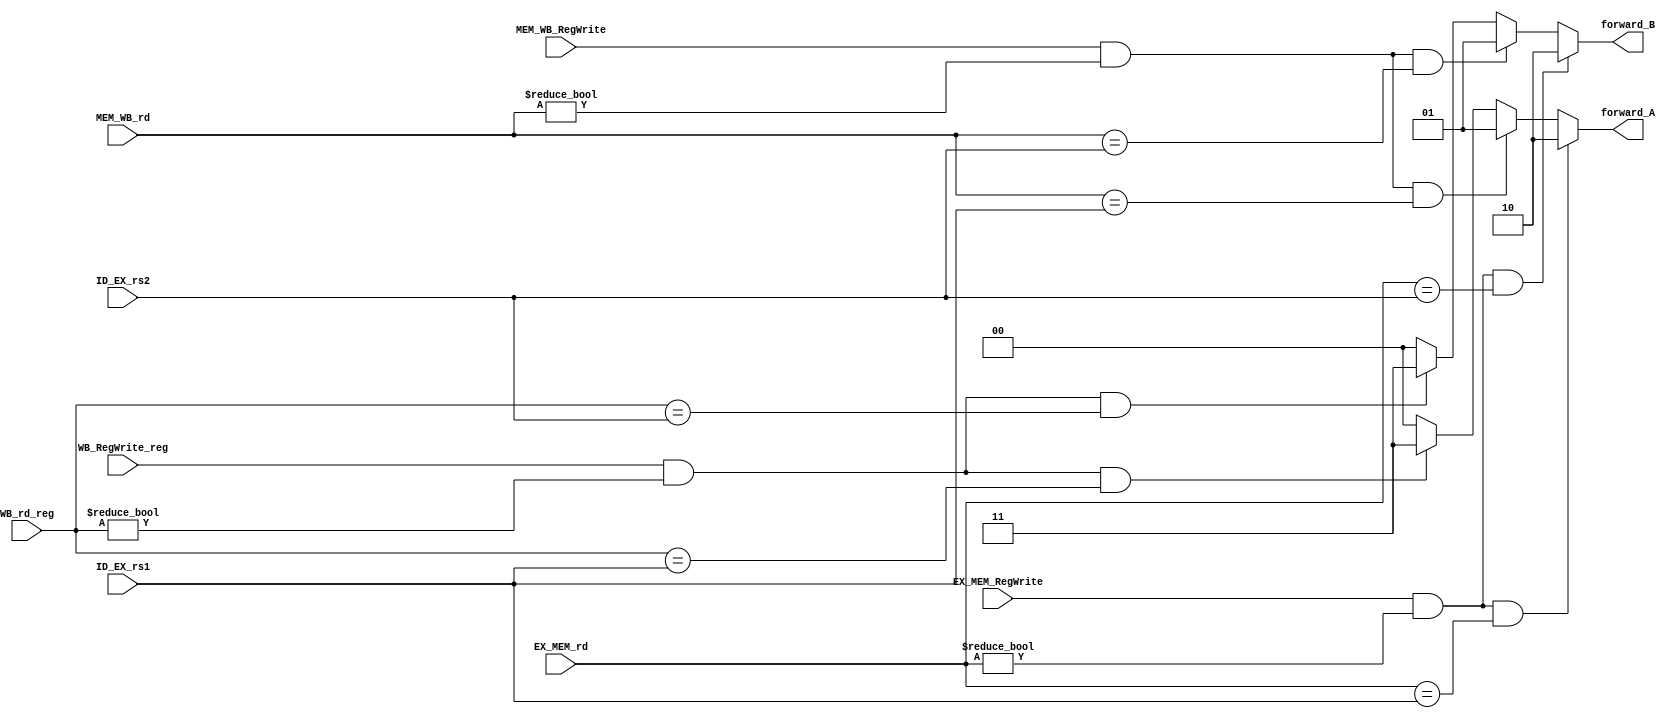
module forwarding_unit (
    input EX_MEM_RegWrite,
    input MEM_WB_RegWrite,
    input WB_RegWrite_reg,

    input [4:0] EX_MEM_rd,
    input [4:0] MEM_WB_rd,
    input [4:0] WB_rd_reg,
    input [4:0] ID_EX_rs1,
    input [4:0] ID_EX_rs2,

    output reg [1:0] forward_A,
    output reg [1:0] forward_B
    );

    always @ ( * ) begin

        // EX-Hazard

        if (EX_MEM_RegWrite && (EX_MEM_rd!=5'd0) && (EX_MEM_rd==ID_EX_rs1))
            forward_A = 2'b10;
        // MEM-Hazard
        else if (MEM_WB_RegWrite && (MEM_WB_rd!=5'd0) && (MEM_WB_rd==ID_EX_rs1))
            forward_A = 2'b01;
        else if (WB_RegWrite_reg && (WB_rd_reg!=5'd0) && (WB_rd_reg==ID_EX_rs1))
            forward_A = 2'b11;
        else
            forward_A = 2'b00;



        // EX-Hazard
        if (EX_MEM_RegWrite && (EX_MEM_rd!=5'd0) && (EX_MEM_rd==ID_EX_rs2))
            forward_B = 2'b10;
        // MEM-Hazard
        else if (MEM_WB_RegWrite && (MEM_WB_rd!=5'd0) && (MEM_WB_rd==ID_EX_rs2))
            forward_B = 2'b01;
        else if (WB_RegWrite_reg && (WB_rd_reg!=5'd0) && (WB_rd_reg==ID_EX_rs2))
            forward_B = 2'b11;
        else
            forward_B = 2'b00;

    end

endmodule // forwarding_unit